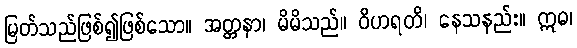
မြတ်သည်ဖြစ်၍ဖြစ်သော။ အတ္တနာ၊ မိမိသည်။ ဝိဟရတိ၊ နေသနည်း။ ဣဓ၊